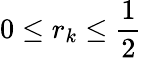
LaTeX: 0\leq r_{k}\leq{\frac{1}{2}}